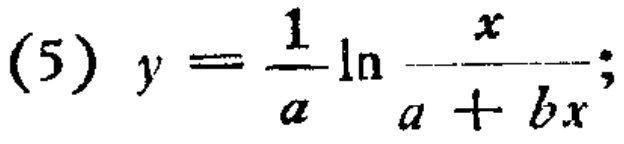
(5) \(y = \frac{1}{a} \ln \frac{x}{a + bx}\);